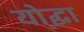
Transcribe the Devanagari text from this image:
यो्द्धा